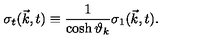
{ \sigma } _ { t } ( { \vec { k } } , t ) \equiv \frac { 1 } { \cosh { \vartheta } _ { k } } { \sigma } _ { 1 } ( { \vec { k } } , t ) .